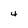
Character: 4